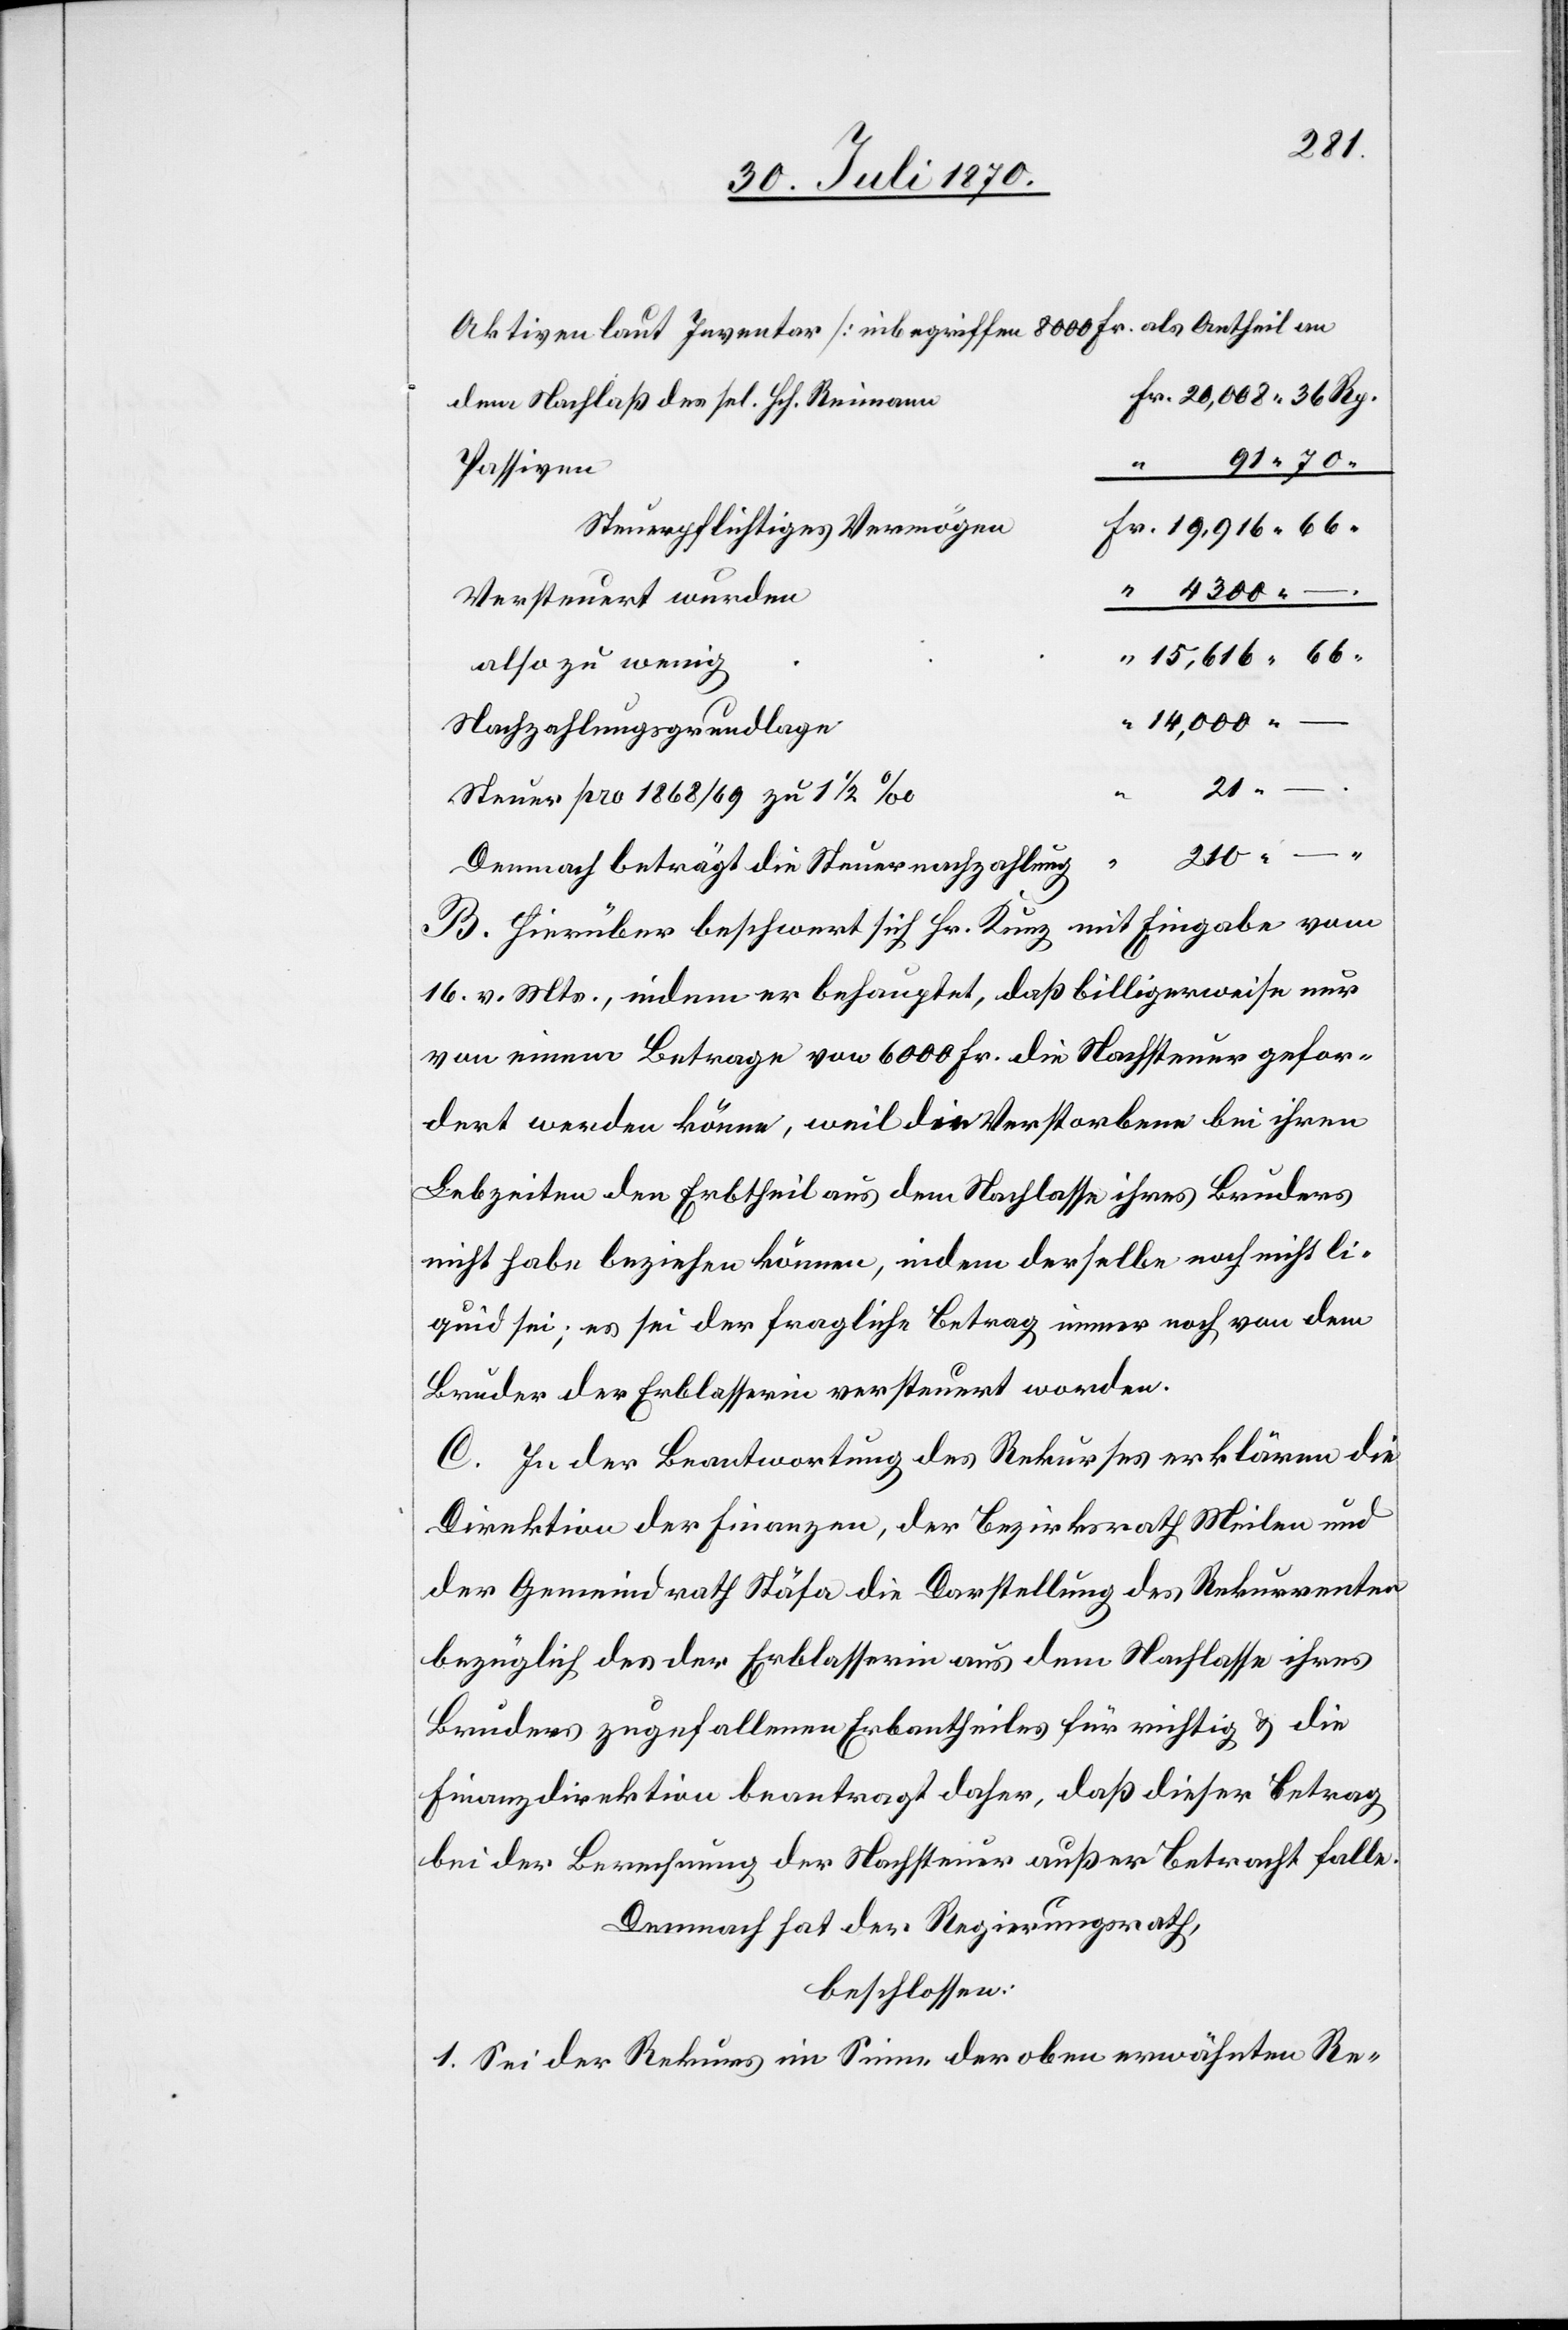
4300.
Aktiven laut Inventar [inbegriffen 8000 Fr. als Antheil an
dem Nachlaß des sel. Hch. Reimann]
Passiven
Steuerpflichtiges Vermögen
Versteuert wurden
15,616.66
also zu wenig
14,000. –
Nachzahlungsgrundlage
210.
.
Steuer pro 1868/69 zu 1 1/2‰
Demnach beträgt die Steuernachzahlung
B. Hierüber beschwert sich Hr. Kunz mit Eingabe vom
16. v. Mts., indem er behauptet, daß billigerweise nur
von einem Betrage von 6000 Fr. die Nachsteuer gefor¬
dert werden könne, weil die Verstorbene bei ihren
Lebzeiten den Erbtheil aus dem Nachlasse ihres Bruders
nicht habe beziehen können, indem derselbe noch nicht li¬
quid sei; es sei der fragliche Betrag immer noch von dem
Bruder der Erblasserin versteuert worden.
C. In der Beantwortung des Rekurses erklären die
Direktion der Finanzen, der Bezirksrath Meilen und
der Gemeindrath Stäfa die Darstellung des Rekurrenten
bezüglich des der Erblasserin aus dem Nachlasse ihres
Bruders zugefallenen Erbantheiles für richtig & die
Finanzdirektion beantragt daher, daß dieser Betrag
bei der Berechnung der Nachsteuer außer Betracht falle.
Demnach hat der Regierungsrath,
beschlossen:
1. Sei der Rekurs im Sinne der oben erwähnten Re-